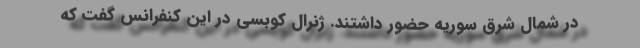
در شمال شرق سوریه حضور داشتند. ژنرال کوبسی در این کنفرانس گفت که